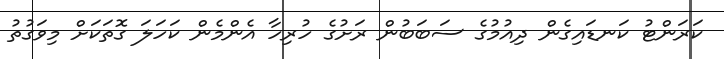
ކަރަންޓު ކަނޑައިގެން ދިއުމުގެ ސަބަބުން ރަށުގެ ހުރިހާ އެންމެން ކަހަލަ ގޮތަކަށް މިވަގުތު